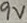
Text: 9V